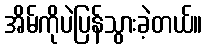
အိမ်ကိုပဲပြန်သွားခဲ့တယ်။